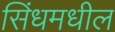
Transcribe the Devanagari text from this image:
सिंधमधील